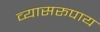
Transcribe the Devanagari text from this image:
व्यासरूपाय